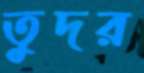
তুদর